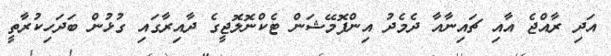
އަދި ރާއްޖެ އާއި ޗައިނާއާ ދެމެދު އިންފޮމޭޝަން ޓެކްނޮލޮޖީގެ ދާއިރާގައި ގުޅުން ބަދަހިކުރާތީ